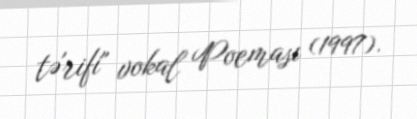
tə'rifi" vokal Poeması (1997).